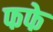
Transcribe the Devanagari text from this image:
फफे